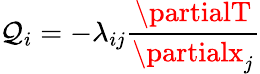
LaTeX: \mathcal{Q}_{i}=-\lambda_{ij}{\frac{{\partialT}}{{\partialx_{j}}}}